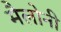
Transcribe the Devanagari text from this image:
मैलोनी